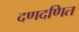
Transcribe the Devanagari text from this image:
दणदणित